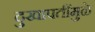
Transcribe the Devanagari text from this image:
दुखापतींमुळे